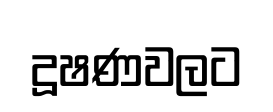
දූෂණවලට